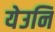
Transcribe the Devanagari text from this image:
येउनि